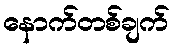
နောက်တစ်ချက်